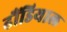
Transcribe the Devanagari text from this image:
ढौंडियाल